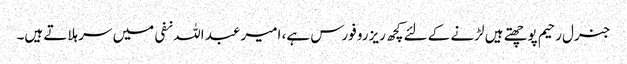
جنرل رحیم پوچھتے ہیں لڑنے کے لئے کچھ ریزرو فورس ہے، امیر عبد اللہ نفی میں سر ہلاتے ہیں۔